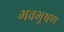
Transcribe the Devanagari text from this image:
भवभूषण